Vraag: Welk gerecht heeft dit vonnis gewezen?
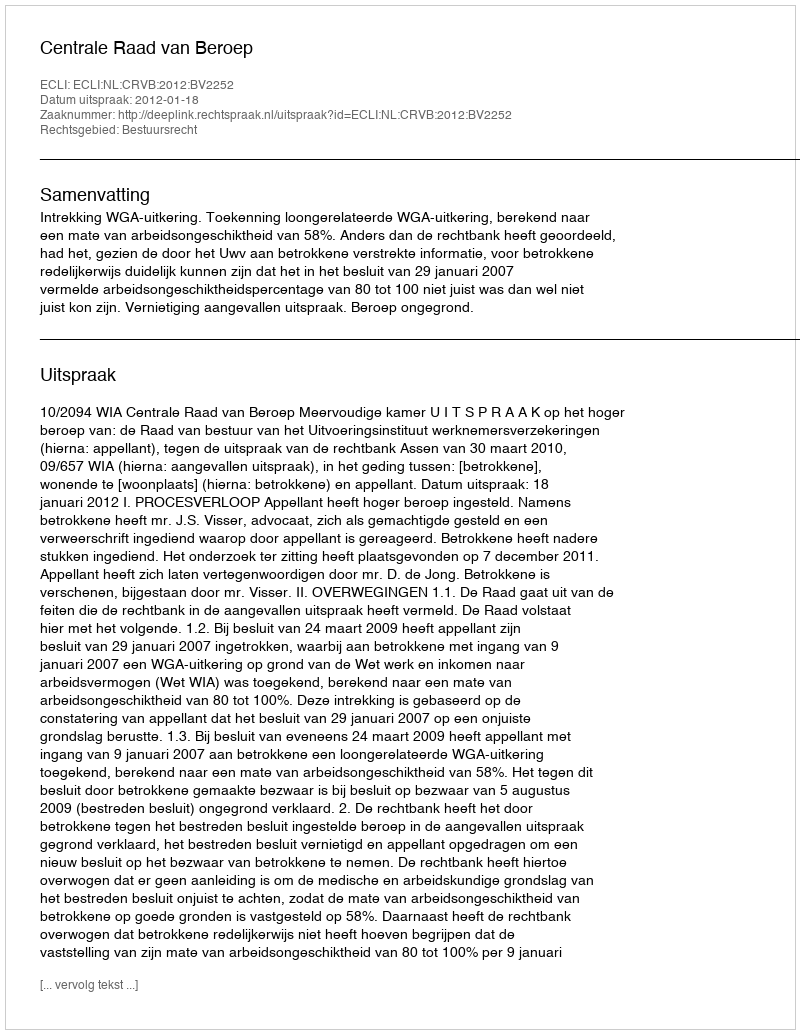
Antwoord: Centrale Raad van Beroep